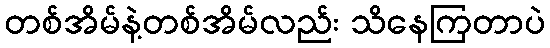
တစ်အိမ်နဲ့တစ်အိမ်လည်း သိနေကြတာပဲ